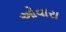
ઓવારા